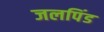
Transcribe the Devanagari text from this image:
जलपिंड